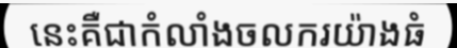
នេះគឺជាកំលាំងចលករយ៉ាងធំ